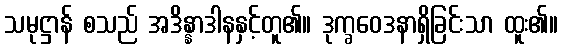
သမုဋ္ဌာန် စသည် အဒိန္နာဒါနနှင့်တူ၏။ ဒုက္ခဝေဒနာရှိခြင်းသာ ထူး၏။